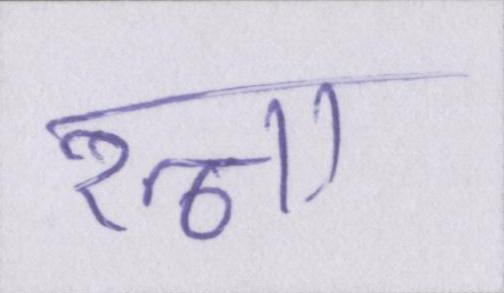
रत्ना